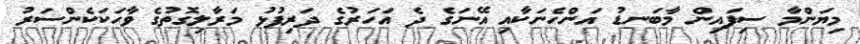
މިޔަންމާ ސިފައިން މާބަނޑު އަންހެނަކާއި އޭނަގެ ދެ އަހަރުގެ ދަރިފުޅު މަރާލިގޮތުގެ ވާހަކަކެންސަރު